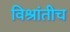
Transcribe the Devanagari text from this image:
विश्रांतीच